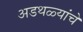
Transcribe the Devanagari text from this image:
अडथळ्यांचे